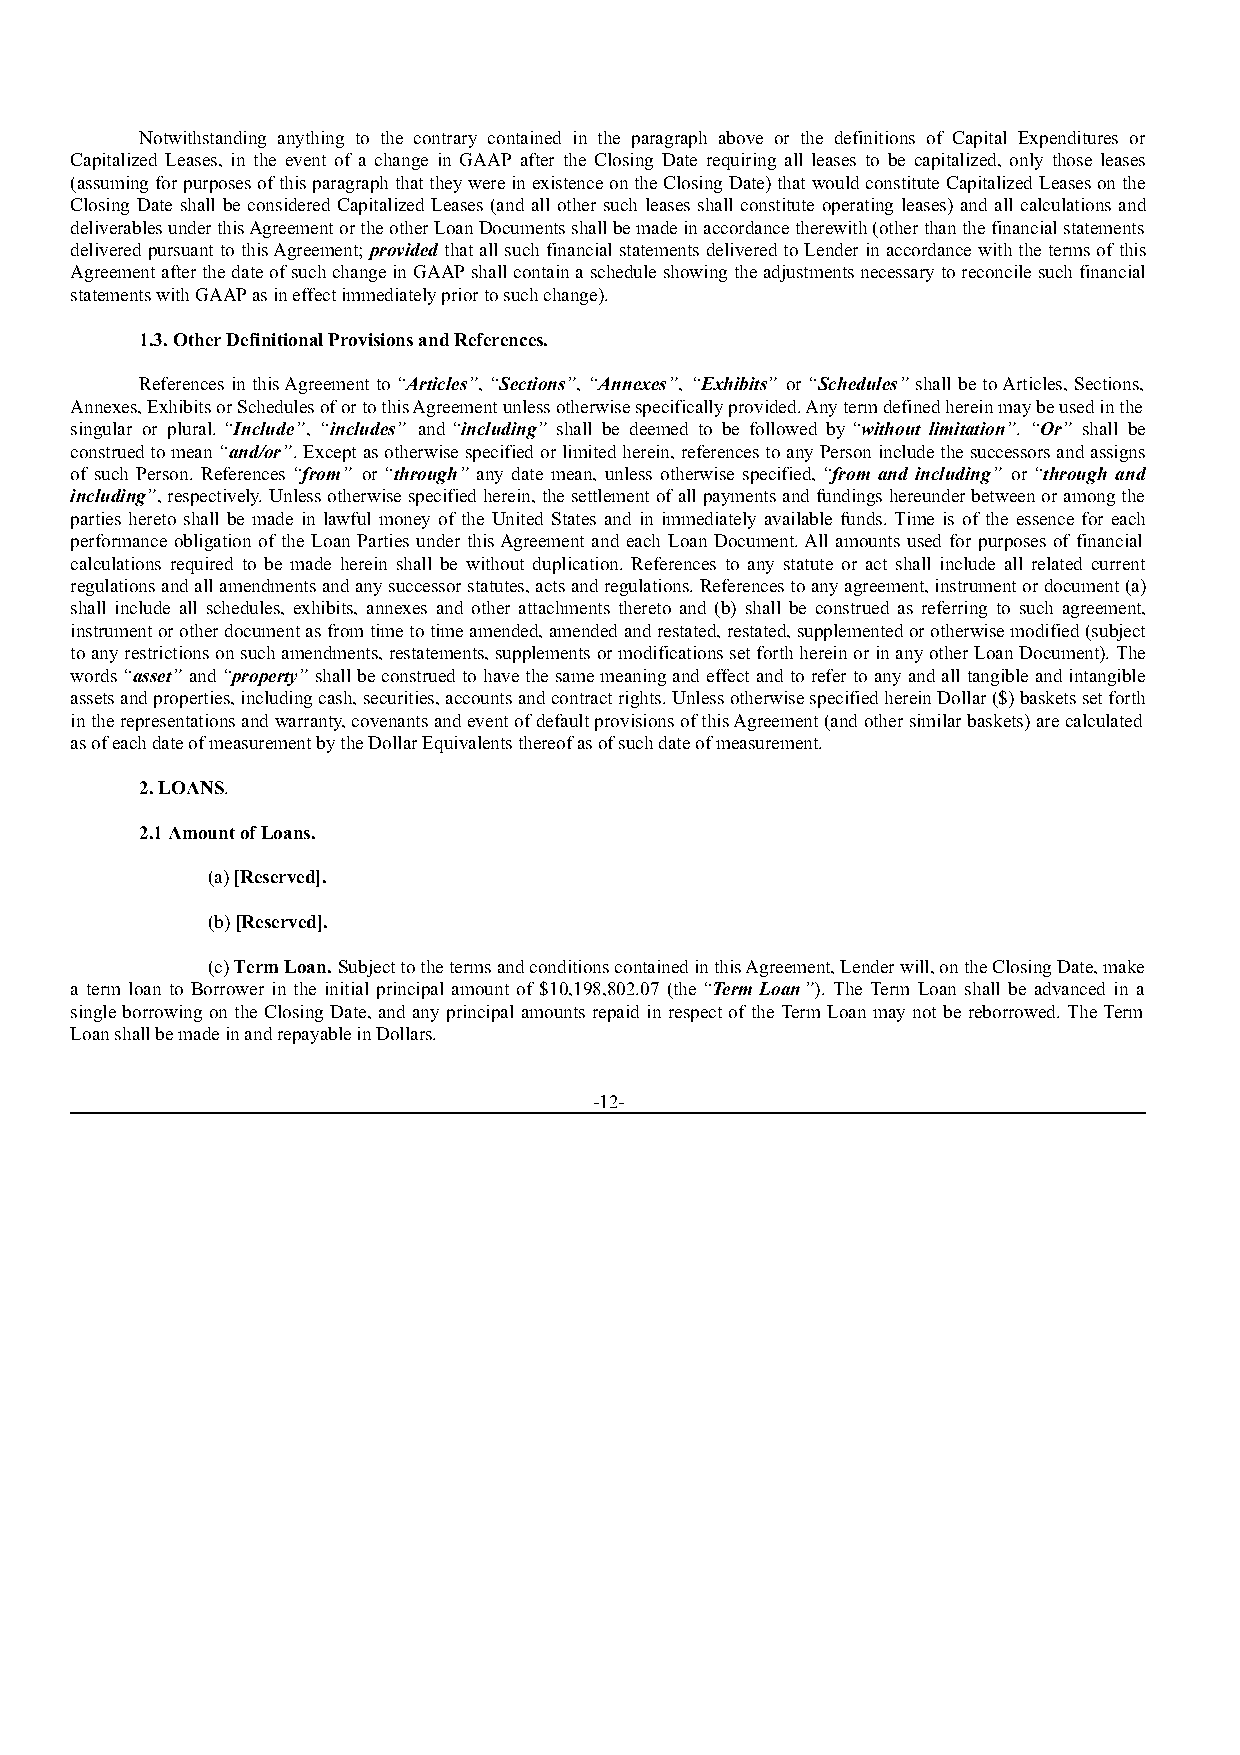
Notwithstanding anything to the contrary contained in the paragraph above or the definitions of Capital Expenditures or
 Capitalized Leases, in the event of a change in GAAP after the Closing Date requiring all leases to be capitalized, only those leases
 (assuming for purposes of this paragraph that they were in existence on the Closing Date) that would constitute Capitalized Leases on the
 Closing Date shall be considered Capitalized Leases (and all other such leases shall constitute operating leases) and all calculations and
 deliverables under this Agreement or the other Loan Documents shall be made in accordance therewith (other than the financial statements
 delivered pursuant to this Agreement; provided that all such financial statements delivered to Lender in accordance with the terms of this
 Agreement after the date of such change in GAAP shall contain a schedule showing the adjustments necessary to reconcile such financial
 statements with GAAP as in effect immediately prior to such change).
 1.3. Other Definitional Provisions and References.
 References in this Agreement to “Articles”, “Sections”, “Annexes”, “Exhibits” or “Schedules” shall be to Articles, Sections,
 Annexes, Exhibits or Schedules of or to this Agreement unless otherwise specifically provided. Any term defined herein may be used in the
 singular or plural. “Include”, “includes” and “including” shall be deemed to be followed by “without limitation”. “Or” shall be
 construed to mean “and/or”. Except as otherwise specified or limited herein, references to any Person include the successors and assigns
 of such Person. References “from” or “through” any date mean, unless otherwise specified, “from and including” or “through and
 including”, respectively. Unless otherwise specified herein, the settlement of all payments and fundings hereunder between or among the
 parties hereto shall be made in lawful money of the United States and in immediately available funds. Time is of the essence for each
 performance obligation of the Loan Parties under this Agreement and each Loan Document. All amounts used for purposes of financial
 calculations required to be made herein shall be without duplication. References to any statute or act shall include all related current
 regulations and all amendments and any successor statutes, acts and regulations. References to any agreement, instrument or document (a)
 shall include all schedules, exhibits, annexes and other attachments thereto and (b) shall be construed as referring to such agreement,
 instrument or other document as from time to time amended, amended and restated, restated, supplemented or otherwise modified (subject
 to any restrictions on such amendments, restatements, supplements or modifications set forth herein or in any other Loan Document). The
 words “asset” and “property” shall be construed to have the same meaning and effect and to refer to any and all tangible and intangible
 assets and properties, including cash, securities, accounts and contract rights. Unless otherwise specified herein Dollar ($) baskets set forth
 in the representations and warranty, covenants and event of default provisions of this Agreement (and other similar baskets) are calculated
 as of each date of measurement by the Dollar Equivalents thereof as of such date of measurement.
 2. LOANS.
 2.1 Amount of Loans.
 (a) [Reserved].
 (b) [Reserved].
 (c) Term Loan. Subject to the terms and conditions contained in this Agreement, Lender will, on the Closing Date, make
 a term loan to Borrower in the initial principal amount of $10,198,802.07 (the “Term Loan”). The Term Loan shall be advanced in a
 single borrowing on the Closing Date, and any principal amounts repaid in respect of the Term Loan may not be reborrowed. The Term
 Loan shall be made in and repayable in Dollars.
 -12-